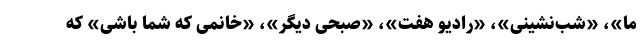
ما»، «شب‌نشینی»، «رادیو هفت»، «صبحی دیگر»، «خانمی که شما باشی» که